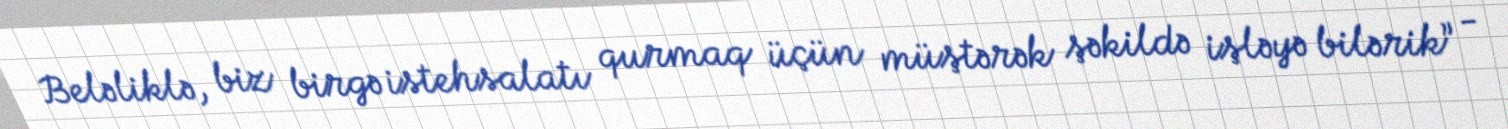
Beləliklə, biz birgə istehsalatı qurmaq üçün müştərək şəkildə işləyə bilərik” -